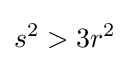
s^{2}>3r^{2}